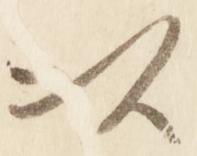
以